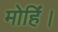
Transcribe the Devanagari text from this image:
मोहिं।